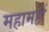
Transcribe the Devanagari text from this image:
महामहीं